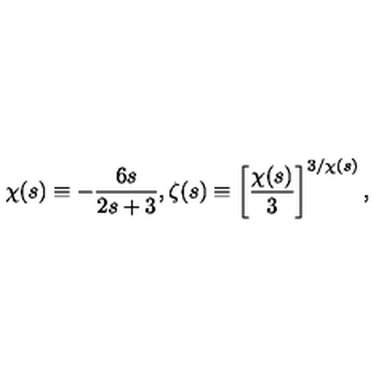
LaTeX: { \chi } ( s ) \equiv - \frac { 6 s } { 2 s + 3 } , { \zeta } ( s ) \equiv \left[ \frac { { \chi } ( s ) } { 3 } \right] ^ { 3 / { \chi } ( s ) } ,